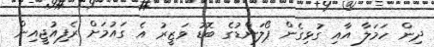
ދިން ހަމަލާ އާއި ގުޅިގެން ޕޯލަންޑުގެ ބޮޑު ވަޒީރު އެ ގައުމަށް ރެފިއުޖީއިން